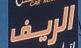
الريف